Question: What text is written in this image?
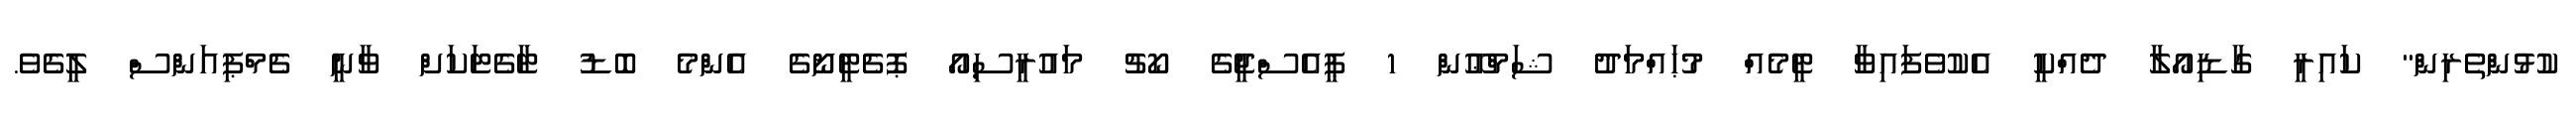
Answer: ކުޅުންތެރިން" ކައިރީ ގާޑިއޯލާ ދެއްކީ އެކުވެފައިވާ ޓީމެއް މުޙައްމަދު ޝަމްޢޫން 1 ޕީއެސްޖީގެ ކޯޗު މައުރީސިއޯ ޕޮޗެޓީނޯގެ އެންމެ ބޮޑު ޓާގެޓަކަށް ވާނީ ޗެމްޕިއަންސް ލީގެވެ.